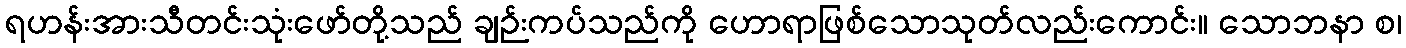
ရဟန်းအားသီတင်းသုံးဖော်တို့သည် ချဉ်းကပ်သည်ကို ဟောရာဖြစ်သောသုတ်လည်းကောင်း။ သောဘနာ စ၊